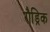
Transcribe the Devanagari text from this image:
रौड्रिक